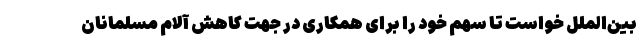
بین‌الملل خواست تا سهم خود را برای همکاری در جهت کاهش آلام مسلمانان